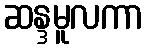
ဆန္ဒမူလကာ